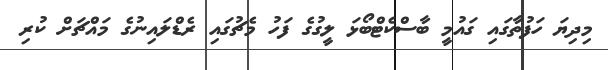
މިދިޔަ ހަފުތާގައި ގައުމީ ބާސްކެޓްބޯޅަ ލީގުގެ ފަހު މެޗުގައި ރެޑްލައިނުގެ މައްޗަށް ކުރި